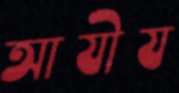
আযীয